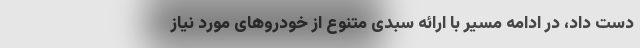
دست داد، در ادامه مسیر با ارائه سبدی متنوع از خودروهای مورد نیاز